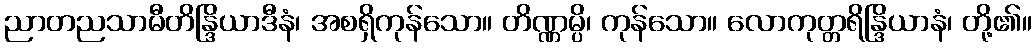
ညာတညသာမီတိန္ဒြိယာဒီနံ၊ အစရှိကုန်သော။ တိဏ္ဏမ္ပိ၊ ကုန်သော။ လောကုတ္တရိန္ဒြိယာနံ၊ တို့၏။